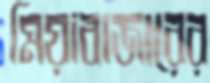
মিয়াবাজারের